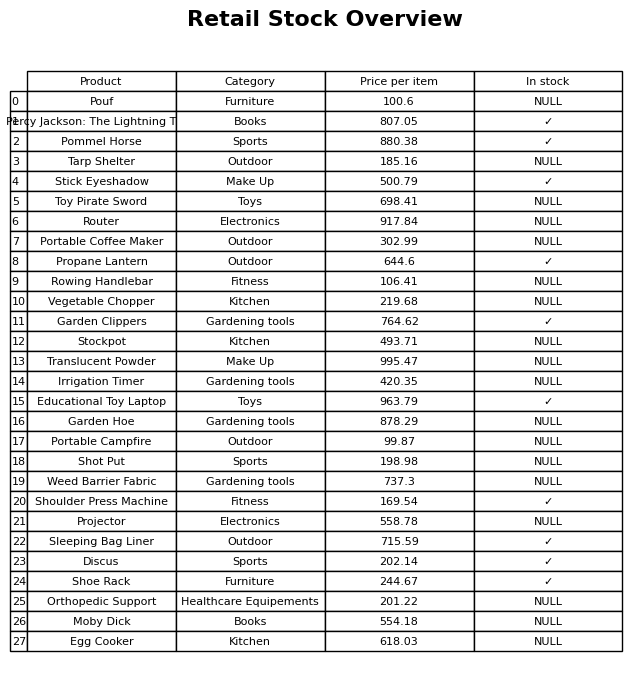
question: Which products are currently out of stock?
answer: Pouf, Tarp Shelter, Toy Pirate Sword, Router, Portable Coffee Maker, Rowing Handlebar, Vegetable Chopper, Stockpot, Translucent Powder, Irrigation Timer, Garden Hoe, Portable Campfire, Shot Put, Weed Barrier Fabric, Projector, Orthopedic Support, Moby Dick, Egg Cooker